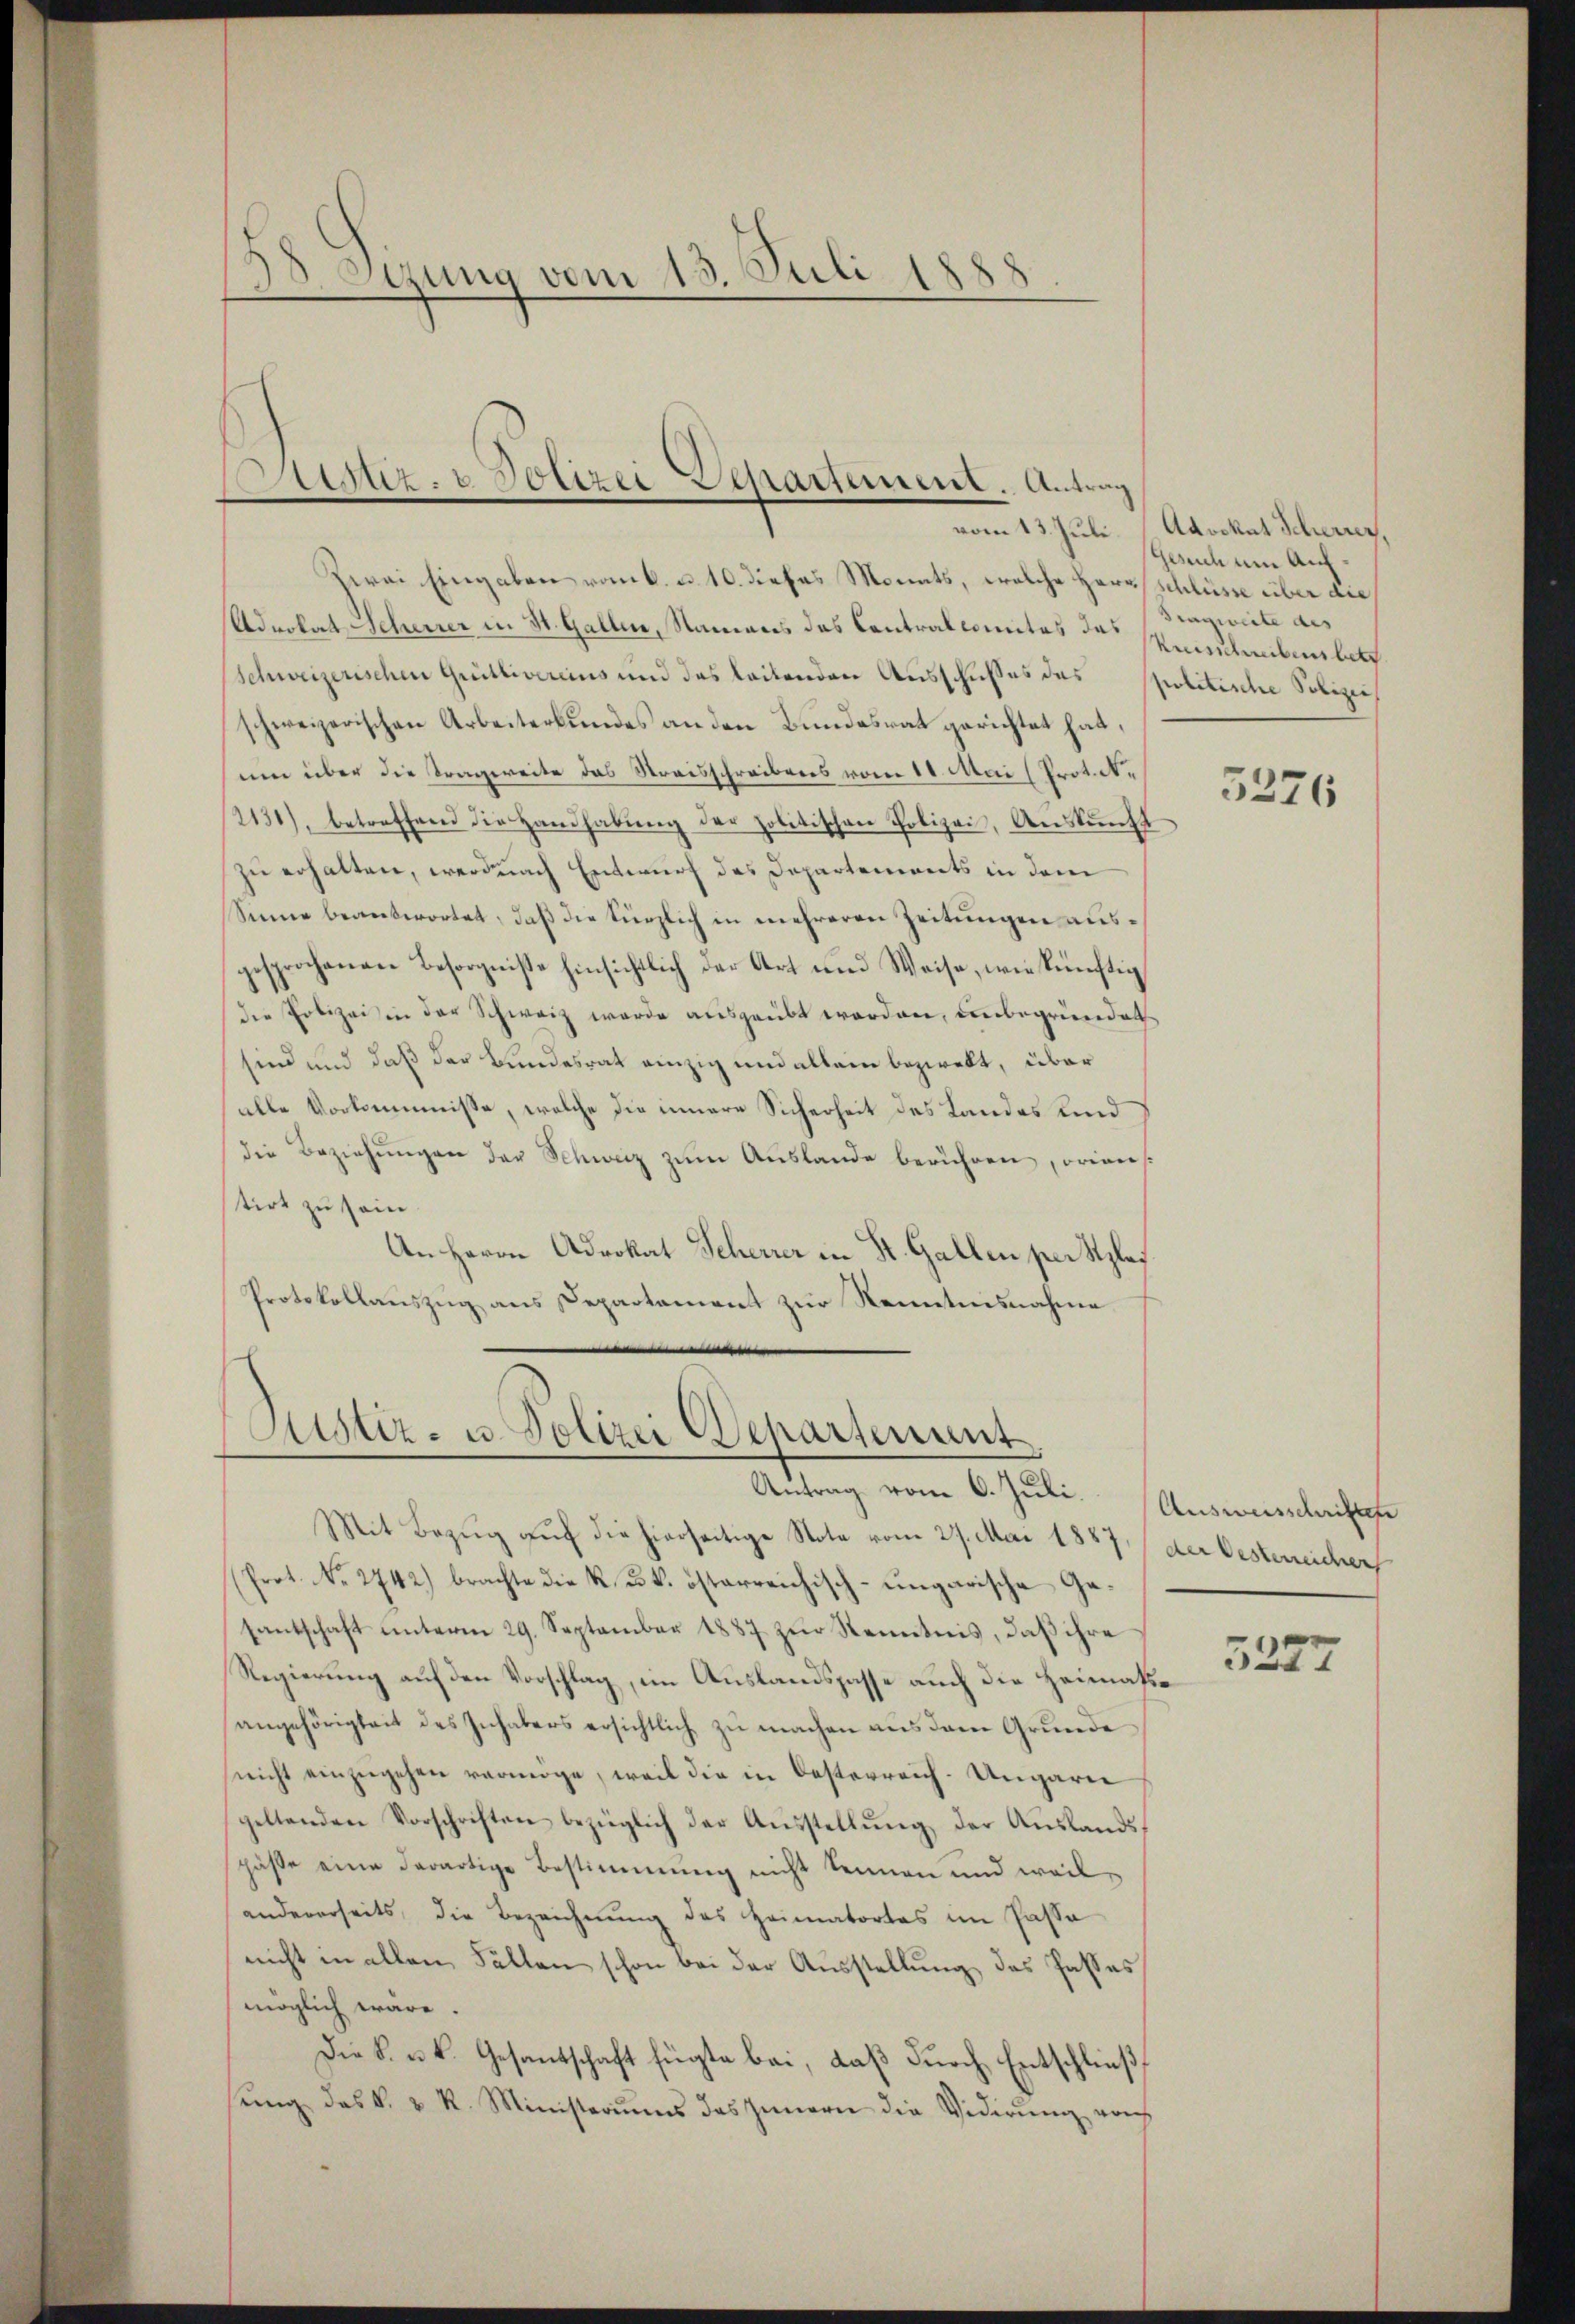
Sizung vom 15.
Juli 18
.
E
e

Justiz- & Polizei Departement. Antrag
f

zwei Eingaben vom k. u. 10. dieses Monats, welche Herrschlüsse über die
Adrolat Scheurer in St. Gallen, Namens das Contralcomites das Tragweite des
Schweizerischen Grütlivereins und das leitenden Ausschusses das politische Polizie
schweizerischen Arbeiterbundes an den Bundesrat gerichtet hat,
um über die Tragweite das Streisschreibens vom 11. Mai (Proto¬
(2131), betreffend die Handhabŭng der politischen Polizei, Aŭskŭnft
zu erhalten, werdnach Entwurf des Departements in dem
Sinne beantwortet, daß die Künzlich in mehreren Zeitungen ausgesprochenen Besorgnisse hinsichtlich der Art und Weise, wie künftig
die Polizeisin der Schweiz werde ausgeübt worden, unbegründet
sind und daß der Bundesrat einzig und allein bezwekt, über
alle Vorkommnisse, welche die innere Sicherheit des Landes und
die Beziehŭngen der Schweiz zŭm Aŭslande berühren, oriens
tirt zu sein.
An Herrn Advokat Scherer in St. Gallen per Klas
Protokollauszug aus Departement zur Renntnisnahme

Sistiz- u. Polizei Departement
Antrag vom 6. Juli. Ausweisschrifte

Mit Bezug auf die hierseitige Note vom 27. Mai 1857, der Oesterreicher
(Prot. No. 2742) brachte die K. k. österreichisch-ungarische Gesantschaft unterm 29. September 1887 zŭr Stenntnis, daβ ihre
Regierung auf den Vorschlag, im Auslandspasse auch die Heimatsangehörigkeit des Inhabers ersichtlich zu machen aus dem Grunde
nicht einzugehen vermöge, weil die in Oesterreich-Ungarie
geltenden Vorschriften bezüglich der Aŭsstellŭng der Aŭslandsspäße eine derartige Bestimmung nicht kennen und weil
andererseits, die Bezeichnung des Heimatortes im Passa
nicht in allen Fällen schon bei der Ausstellung des Passes
möglich wäre.
Die k. u. k. Gesantschaft fügte bei, daß durch Entschließ
sŭng das k. u. R. Ministeriŭms des Innern die Viderŭng von

vom 13. Juli. Advokat Scheurer,
Gesuch um Auf¬
Reisschuberbeth

5276

5227